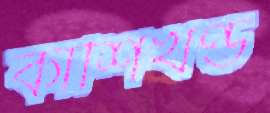
কাশিখণ্ড